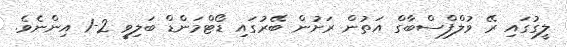
ލީގުގައި ރޭ ވުލްފްސްބާގް އަތުން ރަށުން ބޭރުގައި ޑޯޓްމަންޑް ބަލިވީ 2-1 އިންނެވެ.